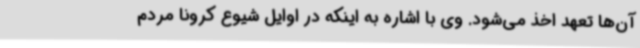
آن‌ها تعهد اخذ می‌شود. وی با اشاره به اینکه در اوایل شیوع کرونا مردم